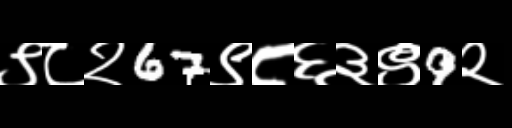
Text: ९८२67९८६३९9२